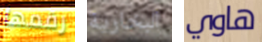
رقمها البخارية هاوي